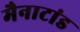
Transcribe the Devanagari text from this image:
मैनाटांड